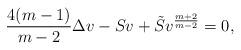
LaTeX: \begin{align*}\frac{4(m-1)}{m-2}\Delta v - Sv+\tilde{S}v^{\frac{m+2}{m-2}}=0,\end{align*}